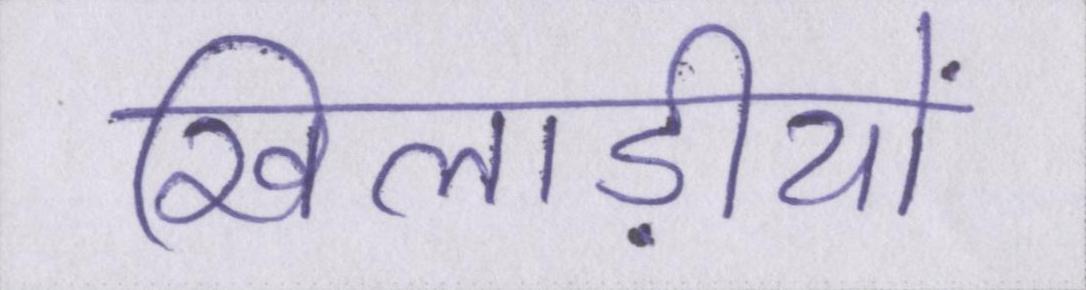
खिलाड़ीयों